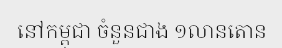
នៅកម្ពុជា ចំនួនជាង ១លានតោន